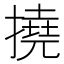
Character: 撓